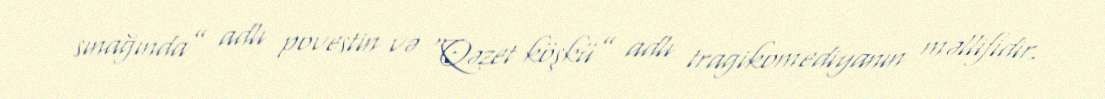
sınağında” adlı povestin və “Qəzet köşkü” adlı tragikomediyanın məllifidir.